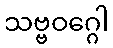
သဗ္ဗဝဂ္ဂေါ